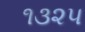
૧૩૨૫